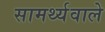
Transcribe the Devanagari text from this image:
सामर्थ्यवाले